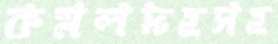
কমলদহসহ